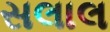
સલાલ